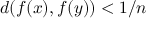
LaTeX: d ( f ( x ) , f ( y ) ) < 1 / n